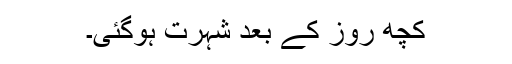
کچھ روز کے بعد شہرت ہوگئی۔